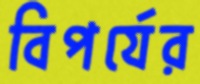
বিপর্যের